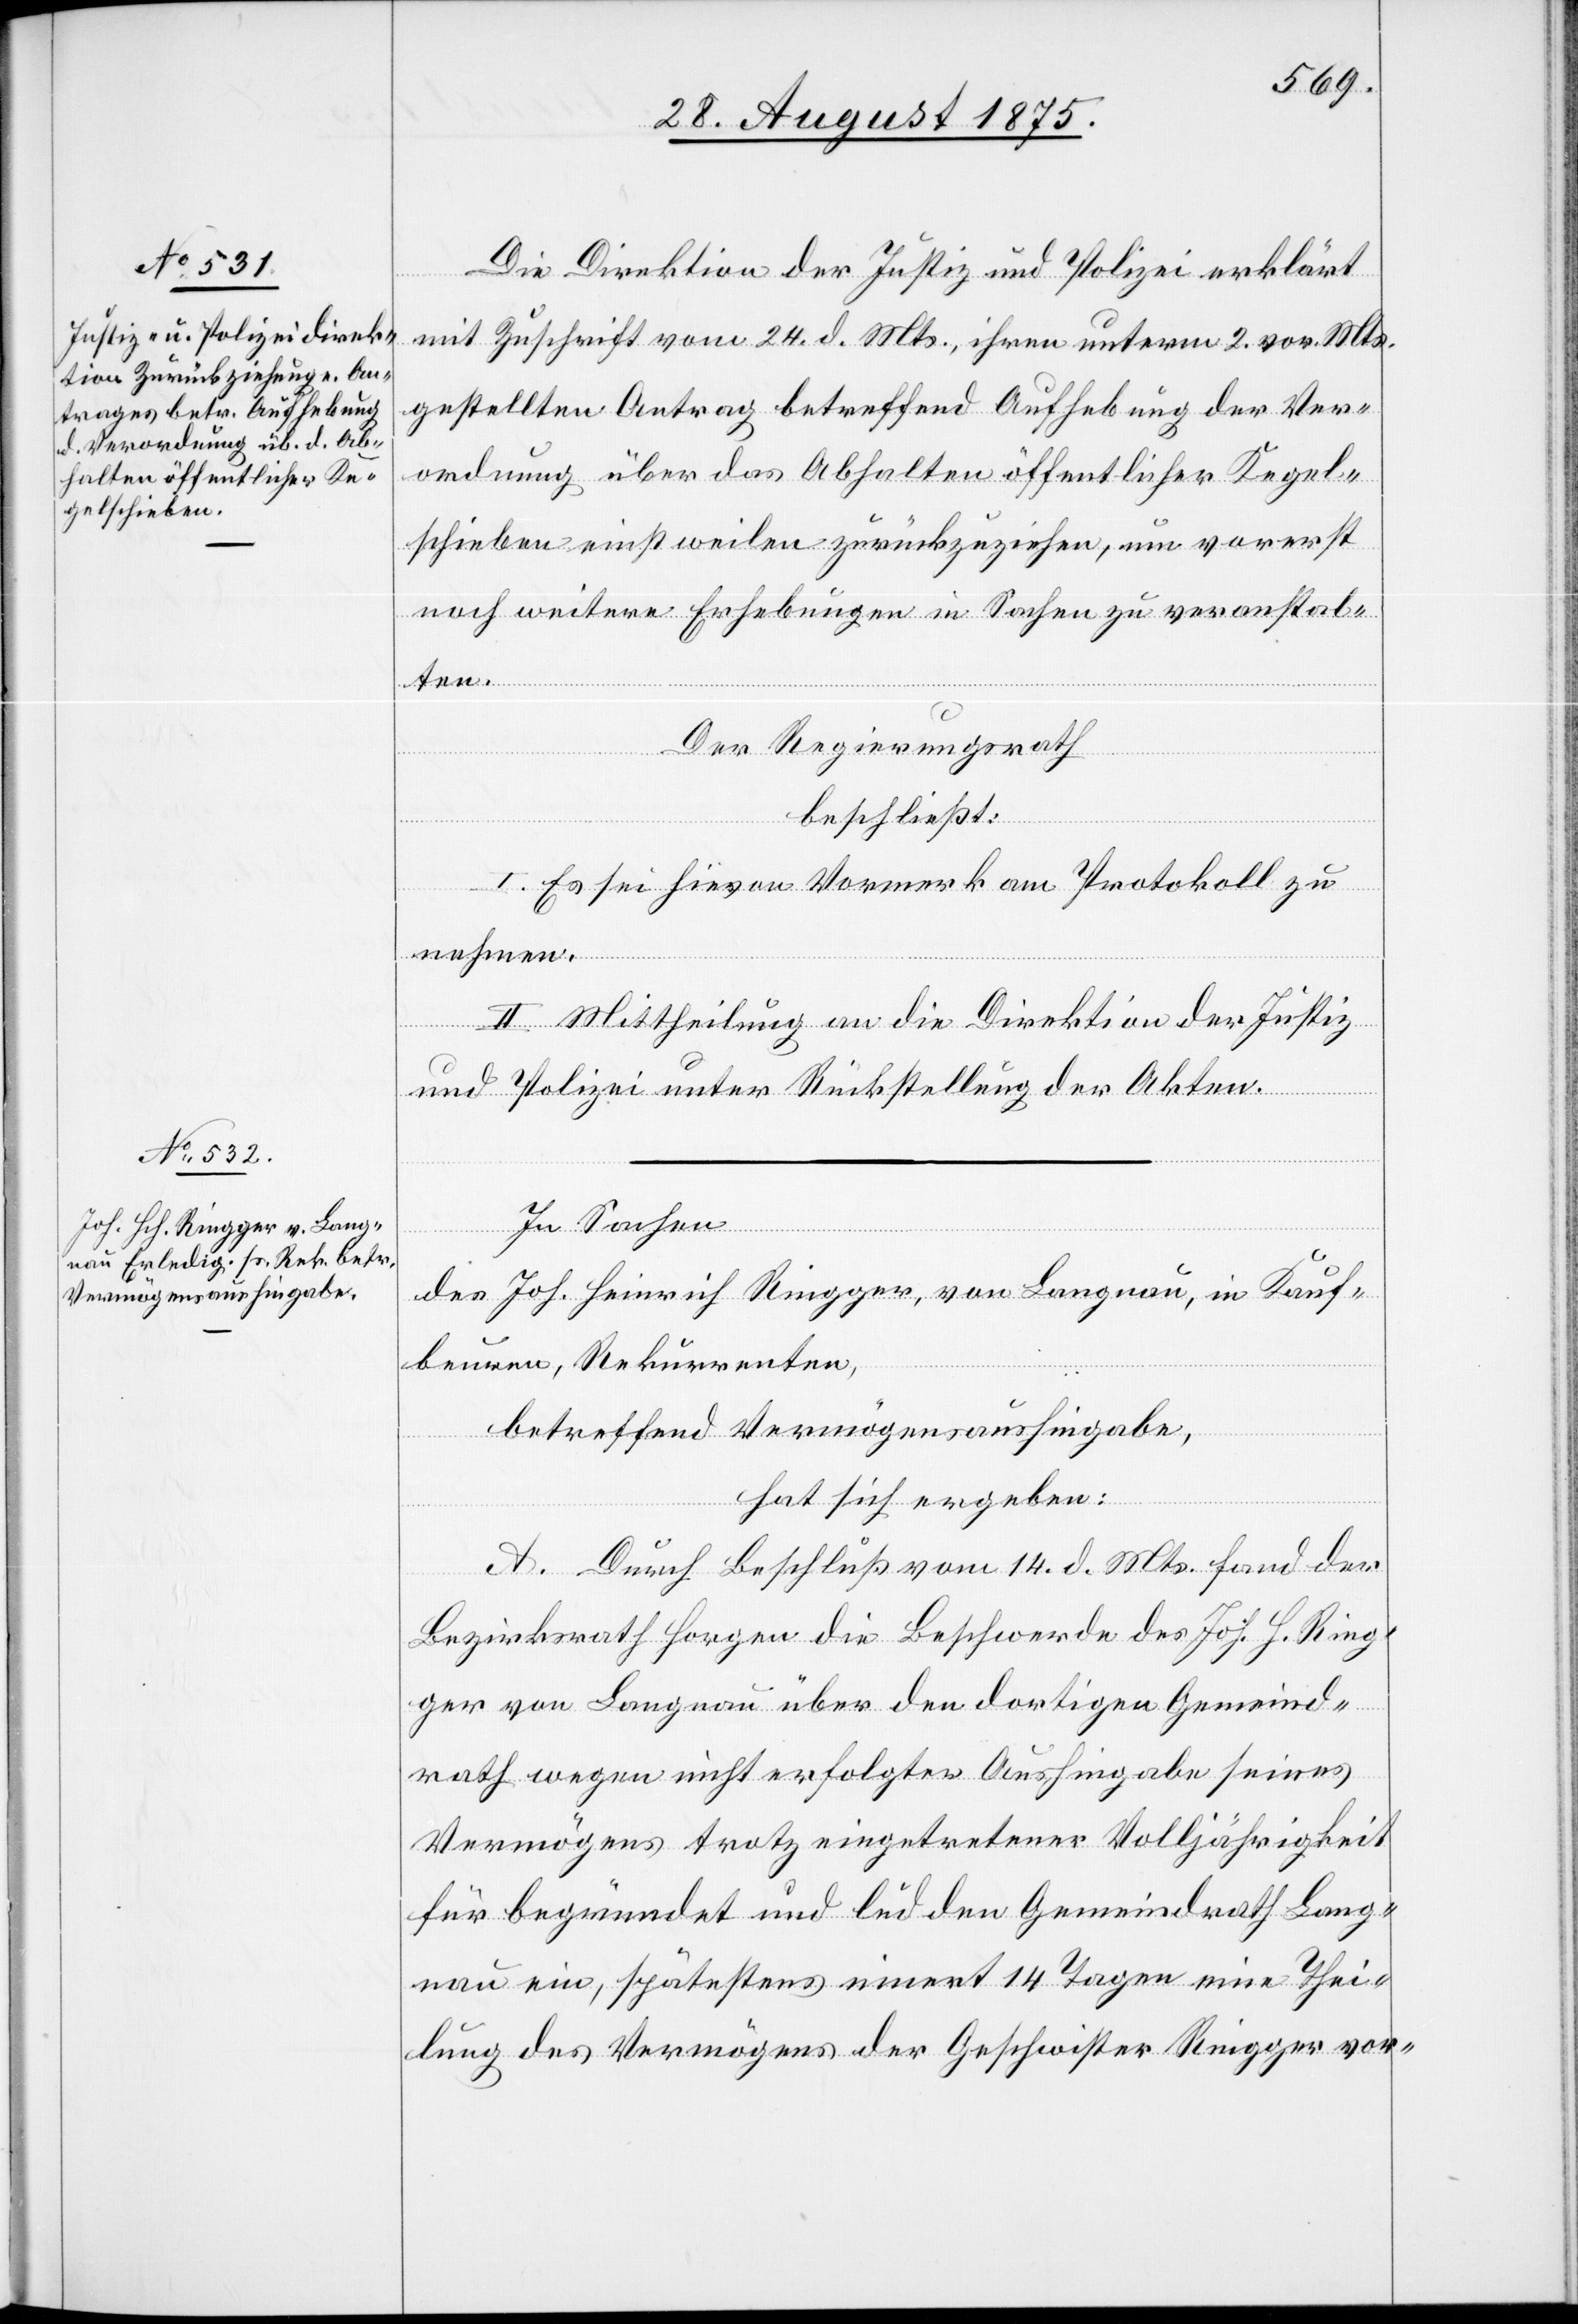
Die Direktion der Justiz und Polizei erklärt
mit Zuschrift vom 24. d. Mts., ihren unterm 2. vor. Mts.
gestellten Antrag betreffend Aufhebung der Ver¬
ordnung über das Abhalten öffentlicher Kegel¬
schieben einstweilen zurückzuziehen, um vorerst
noch weitere Erhebungen in Sachen zu veranstal¬
ten.
Der Regierungsrath
beschließt:
I. Es sei hievon Vormerk am Protokoll zu
nehmen.
II. Mittheilung an die Direktion der Justiz
und Polizei unter Rückstellung der Akten.
In Sachen
des Joh. Heinrich Ringger, von Langnau, in Kauf¬
beuren, Rekurrenten,
betreffend Vermögensaushingabe,
hat sich ergeben:
A. Durch Beschluß vom 14. d. Mts. fand der
Bezirksrath Horgen die Beschwerde des Joh. H. Ring¬
ger von Langnau über den dortigen Gemeind¬
rath wegen nicht erfolgter Aushingabe seines
Vermögens trotz eingetretener Volljährigkeit
für begründet und lud den Gemeindrath Lang¬
nau ein, spätestens innert 14 Tagen eine Thei¬
lung des Vermögens der Geschwister Ringger vor-